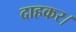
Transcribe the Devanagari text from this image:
दाहकर।